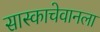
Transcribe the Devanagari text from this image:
सास्काचेवानला